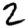
Digit: 2